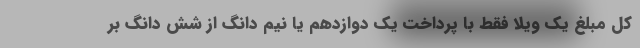
کل مبلغ یک ویلا فقط با پرداخت یک دوازدهم یا نیم دانگ از شش دانگ بر